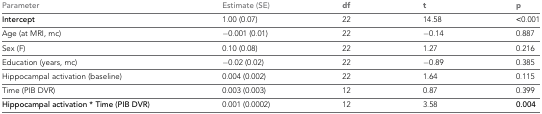
| Parameter | Estimate (SE) | df | t | p |
 | --- | --- | --- | --- | --- |
 | Intercept | 1.00 (0.07) | 22 | 14.58 | <0.001 |
 | Age (at MRI, mc) | −0.001 (0.01) | 22 | −0.14 | 0.887 |
 | Sex (F) | 0.10 (0.08) | 22 | 1.27 | 0.216 |
 | Education (years, mc) | −0.02 (0.02) | 22 | −0.89 | 0.385 |
 | Hippocampal activation (baseline) | 0.004 (0.002) | 22 | 1.64 | 0.115 |
 | Time (PIB DVR) | 0.003 (0.003) | 12 | 0.87 | 0.399 |
 | Hippocampal activation * Time (PIB DVR) | 0.001 (0.0002) | 12 | 3.58 | 0.004 |